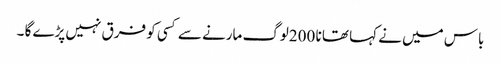
باس میں نے کہا تھا نا 200لوگ مارنے سے کسی کو فرق نہیں پڑے گا ۔